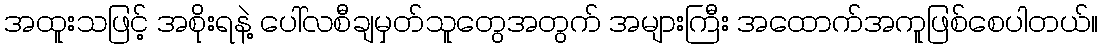
အထူးသဖြင့် အစိုးရနဲ့ ပေါ်လစီချမှတ်သူတွေအတွက် အများကြီး အထောက်အကူဖြစ်စေပါတယ်။